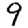
Digit: 9